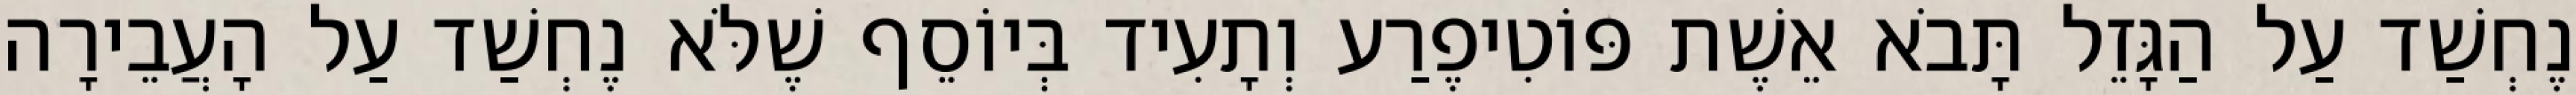
נֶחְשַׁד עַל הַגָּזֵל תָּבֹא אֵשֶׁת פּוֹטִיפֶרַע וְתָעִיד בְּיוֹסֵף שֶׁלֹּא נֶחְשַׁד עַל הָעֲבֵירָה